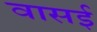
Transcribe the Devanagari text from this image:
वासई